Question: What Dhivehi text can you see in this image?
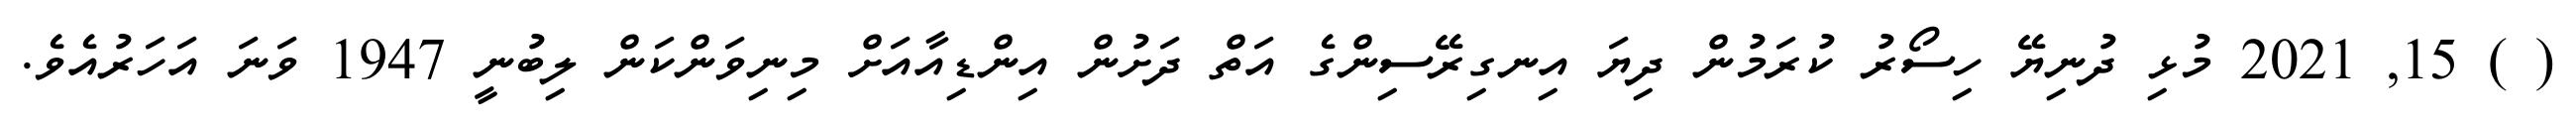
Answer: ( ) 15, 2021 މުޅި ދުނިޔޭ ހިސޯރު ކުރަމުން ދިޔަ އިނގިރޭސިންގެ އަތް ދަށުން އިންޑިއާއަށް މިނިވަންކަން ލިބުނީ 1947 ވަނަ އަހަރުއެވެ.